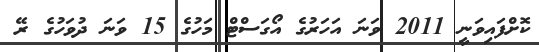
ކޮށްފައިވަނީ 2011 ވަނަ އަހަރުގެ އޯގަސްޓް މަހުގެ 15 ވަނަ ދުވަހުގެ ރޭ